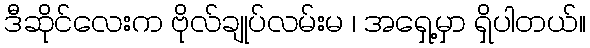
ဒီဆိုင်လေးက ဗိုလ်ချုပ်လမ်းမ ၊ အရှေ့မှာ ရှိပါတယ်။